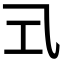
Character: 𭘂